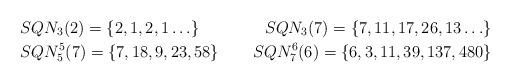
LaTeX: \begin{align*} &SQN_3(2)=\{2,1,2,1\ldots \} &SQN_3(7)=\{7,11,17,26,13 \ldots \} \\ &SQN^5_5(7)=\{7,18,9,23,58\} &SQN^6_7(6)=\{6,3,11,39,137,480\} \end{align*}